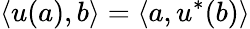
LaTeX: \langle u(a),b\rangle=\langle a,u^{*}(b)\rangle